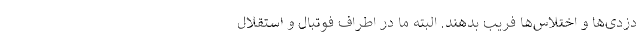
دزدی‌ها و اختلاس‌ها فریب بدهند. البته ما در اطراف فوتبال و استقلال